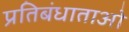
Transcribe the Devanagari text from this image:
प्रतिबंधाताओ